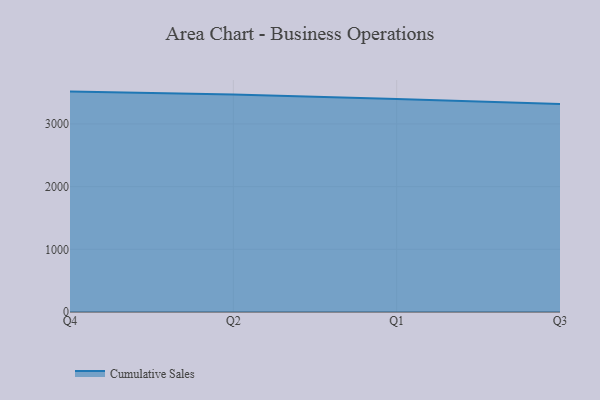
{"axis": {"x": "Quarter", "y": "Churn Rate (%)"}, "legend": ["Cumulative Sales"], "data": [{"x": "Q4", "y": 3516.0, "type": "Cumulative Sales"}, {"x": "Q2", "y": 3470.0, "type": "Cumulative Sales"}, {"x": "Q1", "y": 3396.6, "type": "Cumulative Sales"}, {"x": "Q3", "y": 3316.5, "type": "Cumulative Sales"}]}